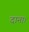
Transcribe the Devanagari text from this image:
दाना।